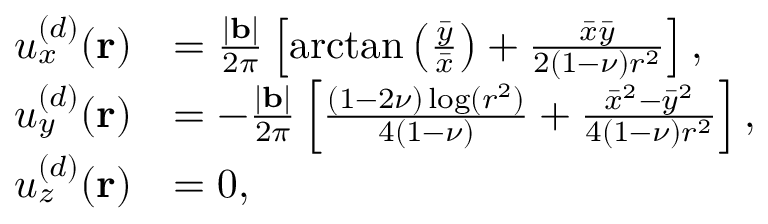
\begin{array} { r l } { u _ { x } ^ { ( d ) } ( \mathbf { r } ) } & { = \frac { | \mathbf { b } | } { 2 \pi } \left[ \arctan \left( \frac { \bar { y } } { \bar { x } } \right) + \frac { \bar { x } \bar { y } } { 2 ( 1 - \nu ) r ^ { 2 } } \right] , } \\ { u _ { y } ^ { ( d ) } ( \mathbf { r } ) } & { = - \frac { | \mathbf { b } | } { 2 \pi } \left[ \frac { ( 1 - 2 \nu ) \log ( r ^ { 2 } ) } { 4 ( 1 - \nu ) } + \frac { \bar { x } ^ { 2 } - \bar { y } ^ { 2 } } { 4 ( 1 - \nu ) r ^ { 2 } } \right] , } \\ { u _ { z } ^ { ( d ) } ( \mathbf { r } ) } & { = 0 , } \end{array}